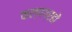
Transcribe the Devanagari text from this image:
कल्पग्रहों